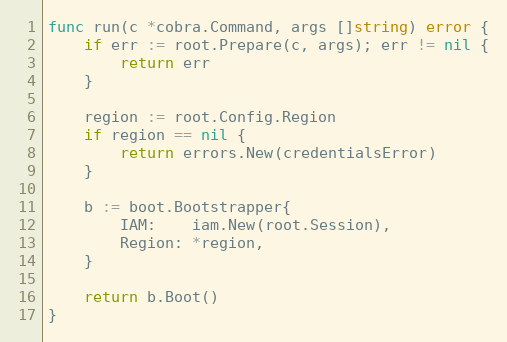
Language: Go
func run(c *cobra.Command, args []string) error {
	if err := root.Prepare(c, args); err != nil {
		return err
	}

	region := root.Config.Region
	if region == nil {
		return errors.New(credentialsError)
	}

	b := boot.Bootstrapper{
		IAM:    iam.New(root.Session),
		Region: *region,
	}

	return b.Boot()
}